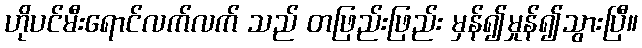
ဟိုပင်မီးရောင်လက်လက် သည် တဖြည်းဖြည်း မှန်၍မှုန်၍သွားပြီ။